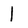
Character: l